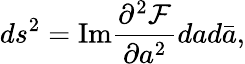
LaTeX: ds^{2}=\mathrm{Im}\frac{\partial^{2}{\cal F}}{\partial a^{2}}dad\bar{a},